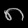
Digit: ၈